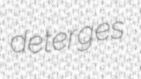
deterges